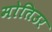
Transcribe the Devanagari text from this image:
मोतिउर